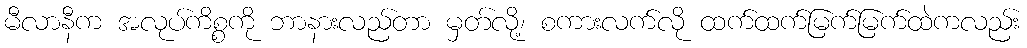
မီလာနီက အလုပ်ကိစ္စကို ဘာနားလည်တာ မှတ်လို့၊ စကားလက်လို ထက်ထက်မြက်မြက်ထဲကလည်း